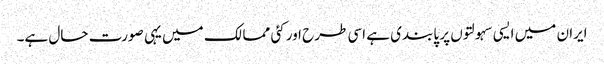
ایران میں ایسی سہولتوں پر پابندی ہے اسی طرح اور کئی ممالک میں یہی صورت حال ہے۔